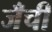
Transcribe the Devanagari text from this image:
जँची